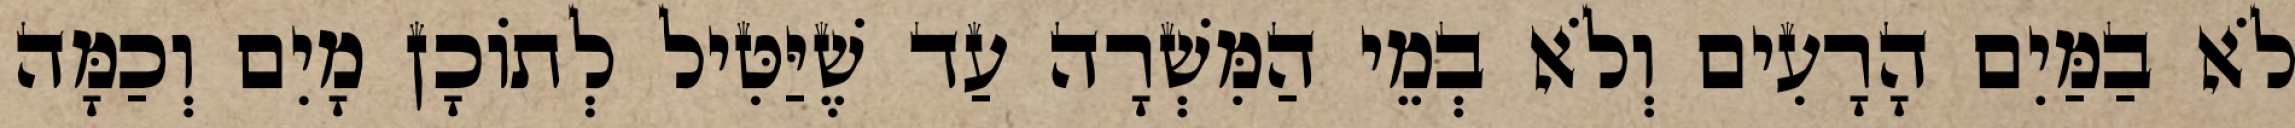
לֹא בַמַּיִם הָרָעִים וְלֹא בְמֵי הַמִּשְׁרָה עַד שֶׁיַּטִּיל לְתוֹכָן מָיִם וְכַמָּה